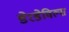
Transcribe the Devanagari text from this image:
डेरडेविल्स